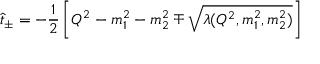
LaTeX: \hat { t } _ { \pm } = - \frac { 1 } { 2 } \left[ Q ^ { 2 } - m _ { 1 } ^ { 2 } - m _ { 2 } ^ { 2 } \mp \sqrt { \lambda ( Q ^ { 2 } , m _ { 1 } ^ { 2 } , m _ { 2 } ^ { 2 } ) } \right]